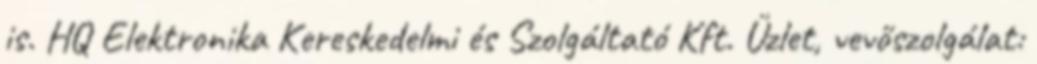
is. HQ Elektronika Kereskedelmi és Szolgáltató Kft. Üzlet, vevőszolgálat: